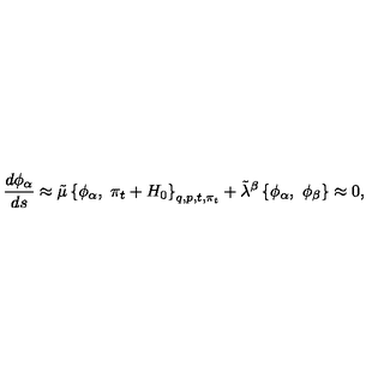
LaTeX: { \frac { d { \phi _ { \alpha } } } { d s } } \approx \tilde { \mu } \left\{ \phi _ { \alpha } , \ \pi _ { t } + H _ { 0 } \right\} _ { q , p , t , \pi _ { t } } + { \tilde { \lambda } } ^ { \beta } \left\{ \phi _ { \alpha } , \ \phi _ { \beta } \right\} \approx 0 ,